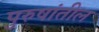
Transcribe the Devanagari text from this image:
पुरुषांतील